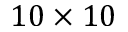
1 0 \times 1 0